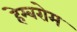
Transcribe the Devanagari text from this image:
हेम्बरोम